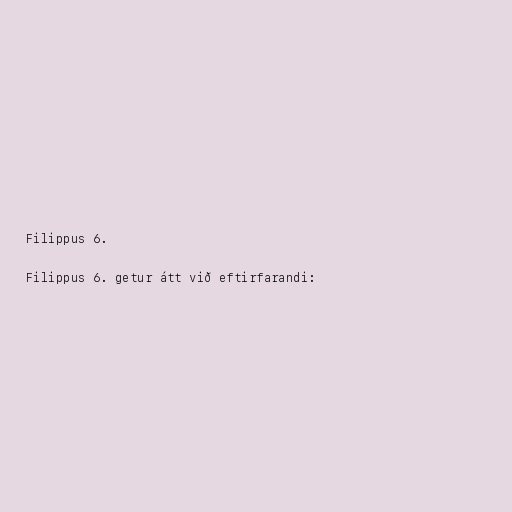
Filippus 6.

Filippus 6. getur átt við eftirfarandi: